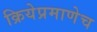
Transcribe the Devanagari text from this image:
क्रियेप्रमाणेच